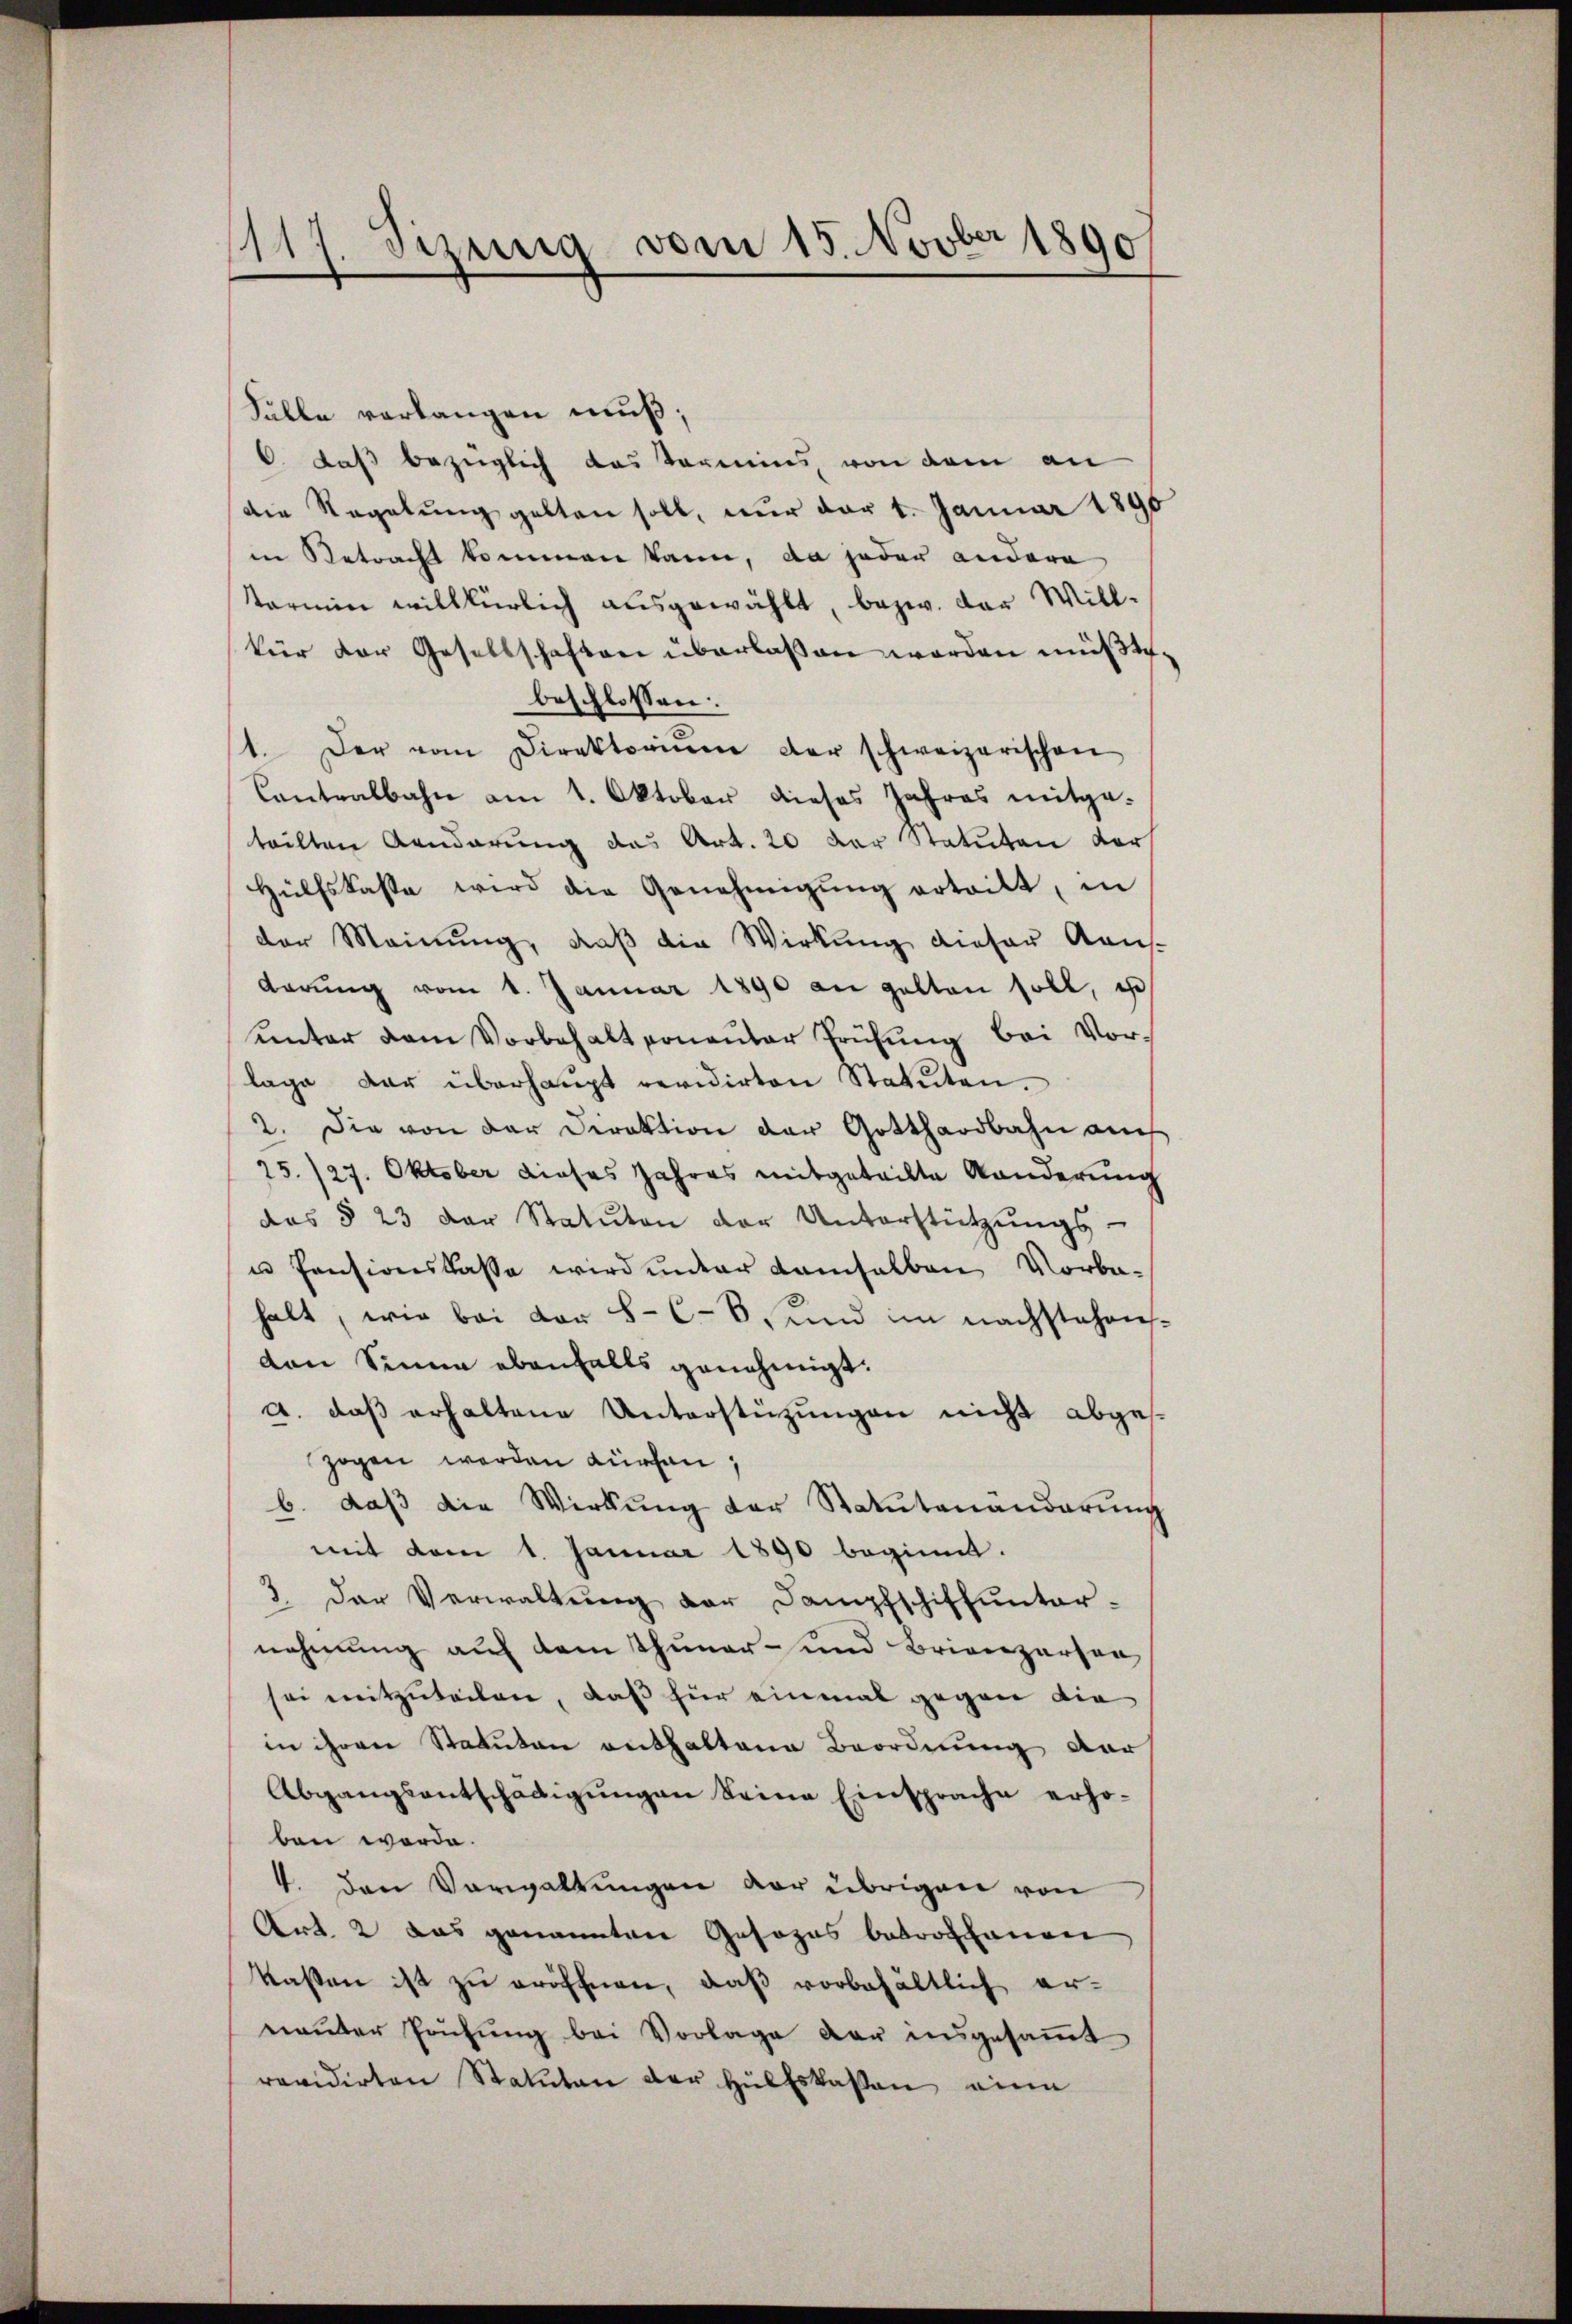
Fälle verlangen muß;
C. daß bezüglich das Termins, von dem an
die Regelung gelten soll, nur der 4. Januar 1890
in Retracht kommen kann, da jeder andere
termin willkürlich ausgewählt, bezw. der Willfür der Gesellschaften überlassen worden müßte.
beschlossen:
1. Der vom Direktoriŭm der schweizerischen
Contralbahn am 1. Oktober dieses Jahres mitgeteilten Aenderung das Art. 20 der Statuten dor
Hülfskasse wird die Genehmigŭng ertritt, in
der Meinung, daß die Wirkung dieser Kaus-
darung vom 1. Januar 1890 an gelten soll, is
ŭnter dem Vorbehalt sonaṅter Prüfŭng bei Vor-
lage der überhaupt revidirten Statuten.
2. Die von der Direktion der Gotthardbahn auch
25./27. Oktober dieses Jahres mitgeteilte Kanderung
das § 23 der Statuten der Unterstützŭngs-
u Pensionskasse wird unter demselben Vorbe-
halt, wie bei vor 8-C-6, und im nachstehenden Sinne ebenfalls genehmigt.
A. daß erhaltene Unterstützungen nicht abges.
zogen werden Kirchen;
b. daβ die Wirkung der Statutenänderŭng
mit dem 1. Januar 1890 beginnt.
2. Der Verwaltŭng der Dampfschiffunter-
nehmung auf dem Thuner- und Brienzarser
sei mitzuteilen, daß für einmal gegen die
in ihren Statuten enthaltene Beordnung der
Abgangsentschädigungen Seine Einsprache erhoben werde.
4. den Vorwaltungen vor übrigen von
Art. 2 das genannten Gesezes bedrothanen
kassen ist zu eröffnen, daß vorbehältlich ernaṅter Prüfung bei Vorlage der insgesammt
revidirten Statuten der Hülfskassen eine

1117. Jezung vom 15. Novber 1890